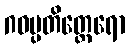
ဂဝမ္ပတိတ္ထေရော